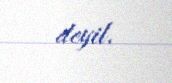
deyil.